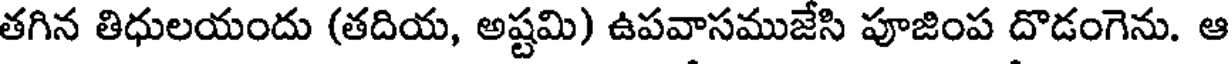
తగిన తిధులయందు (తదియ, అష్టమి) ఉపవాసముజేసి పూజింప దొడంగెను. ఆ